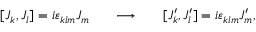
[ J _ { k } , J _ { l } ] = i \varepsilon _ { k l m } J _ { m } \ \ \ \ \ \longrightarrow \ \ \ \ \ [ J _ { k } ^ { \prime } , J _ { l } ^ { \prime } ] = i \varepsilon _ { k l m } J _ { m } ^ { \prime } ,